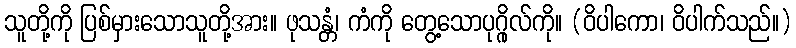
သူတို့ကို ပြစ်မှားသောသူတို့အား။ ဖုသန္တံ၊ ကံကို တွေ့သောပုဂ္ဂိုလ်ကို။ (ဝိပါကော၊ ဝိပါက်သည်။)